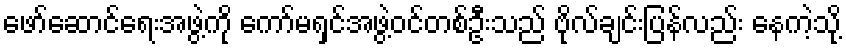
ဖော်ဆောင်ရေးအဖွဲ့ကို ကော်မရှင်အဖွဲ့ဝင်တစ်ဦးသည် ဗိုလ်ချင်းပြန်လည်း နေကဲ့သို့